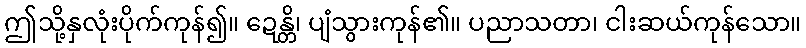
ဤသို့နှလုံးပိုက်ကုန်၍။ ဍေန္တိ၊ ပျံသွားကုန်၏။ ပညာသတာ၊ ငါးဆယ်ကုန်သော။